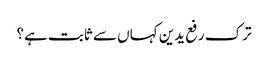
ترک رفع یدین کہاں سے ثابت ہے؟